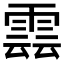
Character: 𮦖